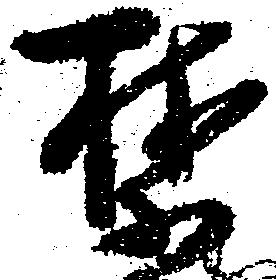
禁